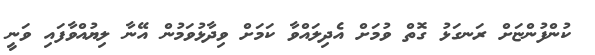
ކުންފުންޏަށް ރަނގަޅު ގޮތް ވުމަށް އެދިލައްވާ ކަމަށް ވިދާޅުވަމުން އޭނާ ލިޔުއްވާފައި ވަނީ